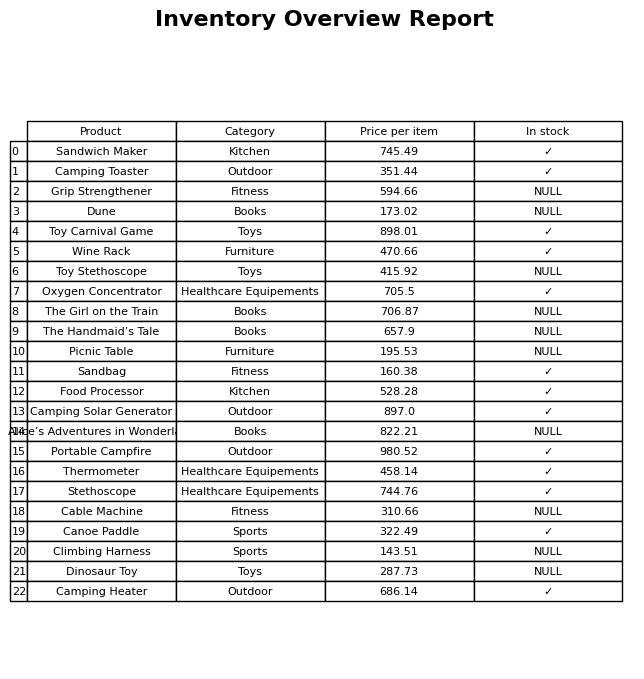
question: What is the stock status of the Stethoscope?
answer: ✓